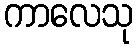
ကာလေသု